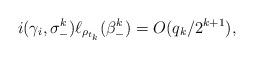
LaTeX: \begin{align*}i(\gamma_i,\sigma_-^k)\ell_{\rho_{t_k}}(\beta_-^k)=O(q_k/2^{k+1}),\end{align*}